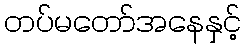
တပ်မတော်အနေနှင့်